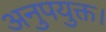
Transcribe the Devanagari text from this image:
अनुपयुक्त।